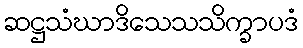
ဆဋ္ဌသံဃာဒိသေသသိက္ခာပဒံ